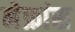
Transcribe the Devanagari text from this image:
नेफ्रांस